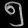
Digit: ၅